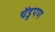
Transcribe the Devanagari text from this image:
चेंडूपण